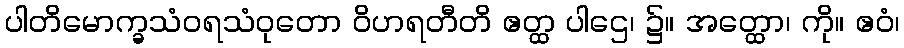
ပါတိမောက္ခသံဝရသံဝုတော ဝိဟရတီတိ ဧတ္ထ ပါဌေ၊ ၌။ အတ္ထော၊ ကို။ ဧဝံ၊